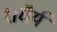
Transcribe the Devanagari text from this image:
१।धैर्य